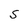
Character: S